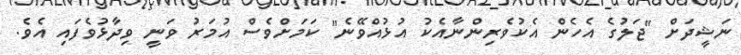
ނަޝީދަށް "ޖަލުގެ އެހެން އެކުވެރިންނާއެކު އުޅުއްވޭނެ" ކަމަށްވެސް އުމަރު ވަނީ ވިދާޅުވެފައި އެވެ.